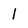
Character: l